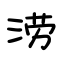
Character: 涝